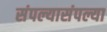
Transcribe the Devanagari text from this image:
संपल्यासंपल्या